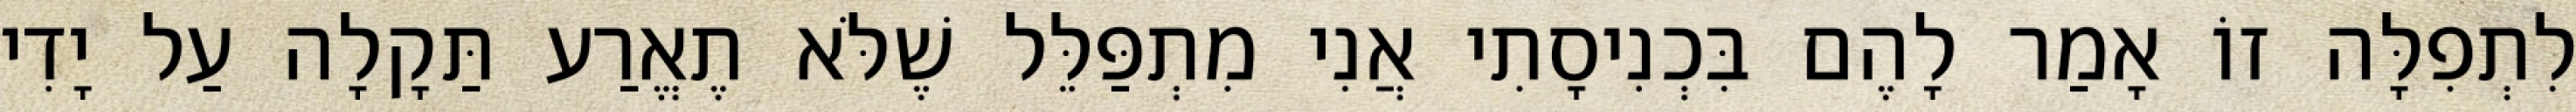
לִתְפִלָּה זוֹ אָמַר לָהֶם בִּכְנִיסָתִי אֲנִי מִתְפַּלֵּל שֶׁלֹּא תֶאֱרַע תַּקָלָה עַל יָדִי